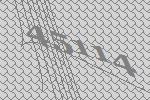
45114